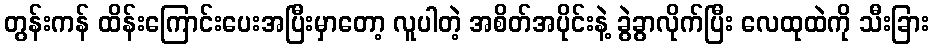
တွန်းကန် ထိန်းကြောင်းပေးအပြီးမှာတော့ လူပါတဲ့ အစိတ်အပိုင်းနဲ့ ခွဲခွာလိုက်ပြီး လေထုထဲကို သီးခြား